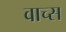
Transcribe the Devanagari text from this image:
वाच्स